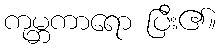
ကုမ္ဘကာရော ပြီး၏။